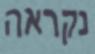
נקראה